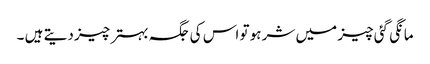
مانگی گئی چیز میں شر ہو تو اس کی جگہ بہتر چیز دیتے ہیں ۔